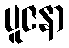
ပူဇနာ